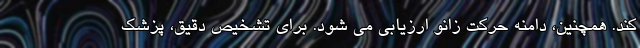
کند. همچنین، دامنه حرکت زانو ارزیابی می شود. برای تشخیص دقیق، پزشک